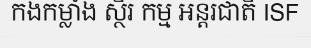
កងកម្លាំង ស្ថិរ កម្ម អន្តរជាតិ ISF